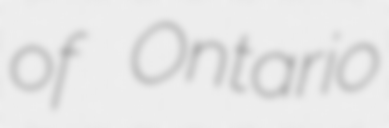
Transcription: of Ontario